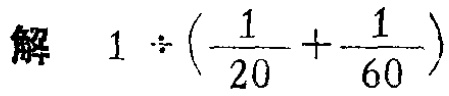
解 \(1\div(\frac{1}{20}+\frac{1}{60})\)